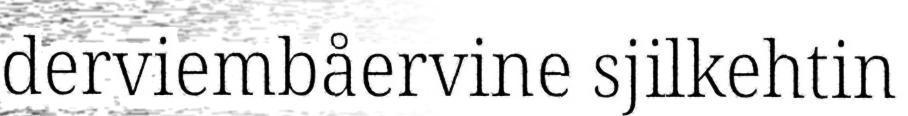
derviembåervine sjilkehtin